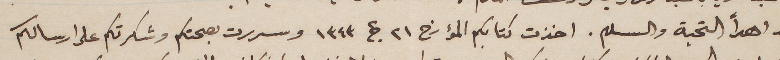
بعد اهدأ التحية والسلام. اخذت كتابكم المؤرخ ٢١ ج٢ ١٣٤٣ وسررت بصحتكم وشكرتكم على ارسالكم